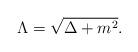
LaTeX: \begin{align*}\Lambda = \sqrt{\Delta + m^{2}}.\end{align*}